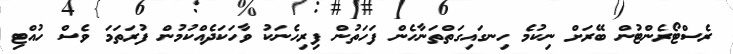
ރެސްޓޯރެންޓުން ބޭރަށް ނިކުމެ ހިނގައިގަތްތަނާހެން ފަހަތުން ފިރިހެނަކު ވާހަކަދެއްކުމުން ފުރަތަމަ ވެސް ހުއްޓި